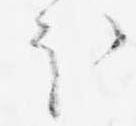
ほ